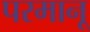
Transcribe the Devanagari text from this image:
परमानू